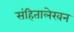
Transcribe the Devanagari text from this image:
संहितालेखन